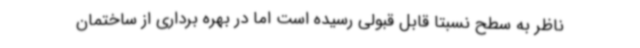
ناظر به سطح نسبتا قابل قبولی رسیده است اما در بهره برداری از ساختمان